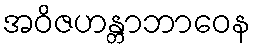
အဝိဇဟန္တာဘာဝေန